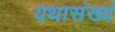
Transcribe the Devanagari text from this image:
यथासंख्यं